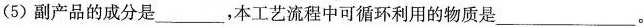
(5)副产品的成分是___，本工艺流程中可循环利用的物质是___。